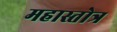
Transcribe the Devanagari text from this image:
महास्तोत्र